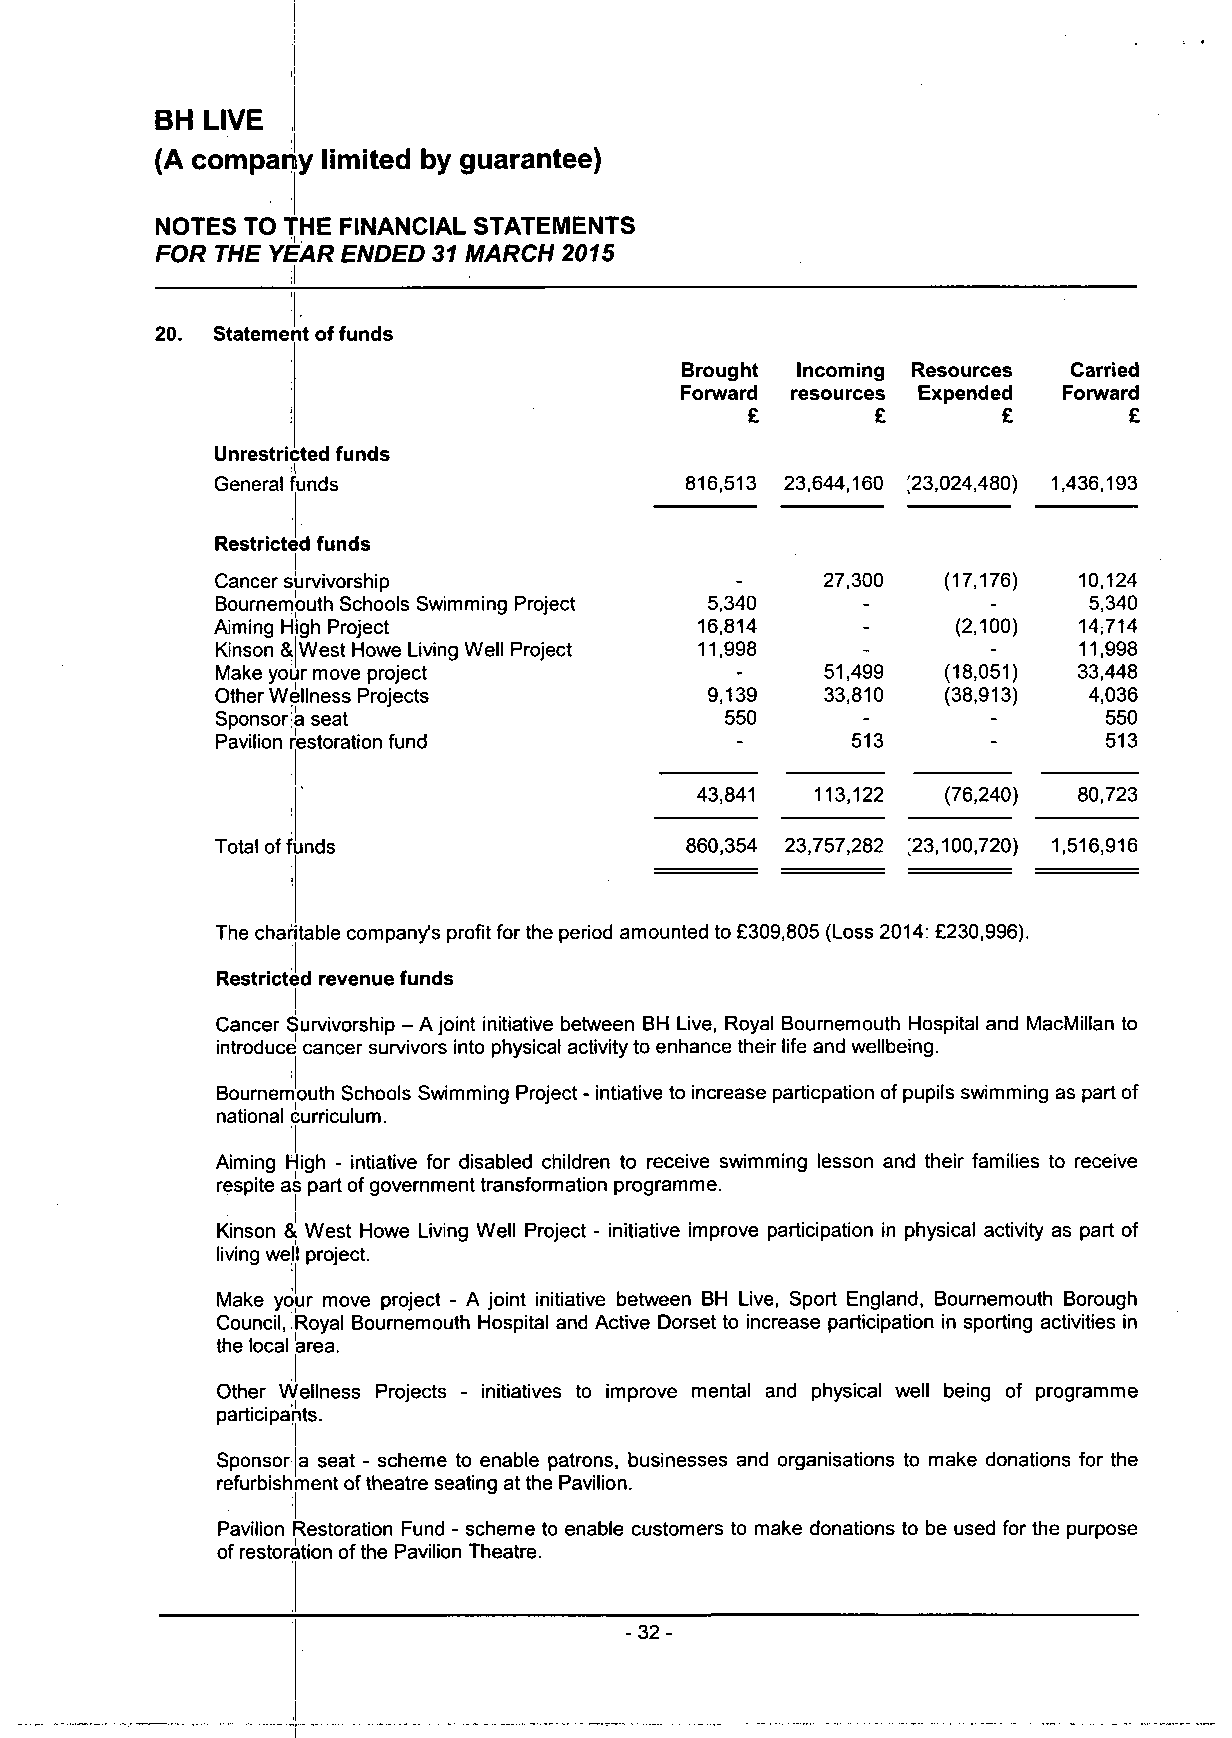
BH  LIVE
 (A company limited by guarantee)
 NOTES  TO THE FINANCIAL STATEMENTS
 FOR THE YEAR ENDED 31 MARCH 2015
 20. Statement of funds
 Brought Incoming Resources Carried
 Forward resources Expended Forward
 £        £       £        £
 Unrestricted funds
 •i
 816,513 23,644,160 ;23,024,480) 1,436,193
 General funds
 Restricted funds
 Cancer survivorship                -    27,300  (17,176) 10,124
 Bournemouth Schools Swimming Project 5,340 -        -     5,340
 Aiming High Project             16,814     -     (2,100) 14;714
 Kinson & West Howe Living Well Project 11,998 -     -    11,998
 Make your move project             -     51,499 (18,051) 33,448
 Other Wellness Projects          9,139   33,810  (38,913) 4,036
 Sponsoria seat                    550      -        -      550
 Pavilion restoration fund          -      513       -      513
 43,841  113,122 (76,240) 80,723
 Total of funds                 860,354 23,757,282 [23,100,720) 1,516,916
 The charitable company's profit for the period amounted to £309,805 (Loss 2014: £230,996).
 Restricted revenue funds
 !
 Cancer Survivorship - A joint initiative between BH Live, Royal Bournemouth Hospital and MacMillan to
 introduce cancer survivors into physical activity to enhance their life and wellbeing.
 Bournemouth Schools Swimming Project - intiative to increase particpation of pupils swimming as part of
 national curriculum.
 Aiming High - intiative for disabled children to receive swimming lesson and their families to receive
 respite as part of government transformation programme.
 Kinson s! West Howe Living Well Project - initiative improve participation in physical activity as part of
 living well project.
 Make your move project - A joint initiative between BH Live, Sport England, Bournemouth Borough
 Council, Royal Bournemouth Hospital and Active Dorset to increase participation in sporting activities in
 the local area.
 Other Wellness Projects - initiatives to improve mental and physical well being of programme
 participants.
 Sponsor a seat - scheme to enable patrons, businesses and organisations to make donations for the
 refurbishment of theatre seating at the Pavilion.
 Pavilion Restoration Fund - scheme to enable customers to make donations to be used for the purpose
 of restoration of the Pavilion Theatre.
 -32-